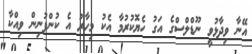
އޭނާ ވިދާޅުވީ ނޫޑްލްސްގެ އަގު ހެޔޮކުރުމާ އެކު މިހާރު އެ ކުންފުނިން ވިއްކާ